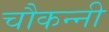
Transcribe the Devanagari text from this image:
चौकन्नी